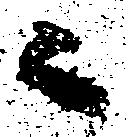
ニ